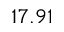
1 7 . 9 1